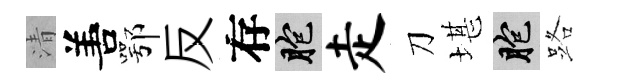
清𠵊鄂反存胞走刀堪胞路